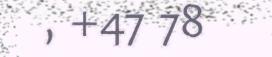
, +47 78